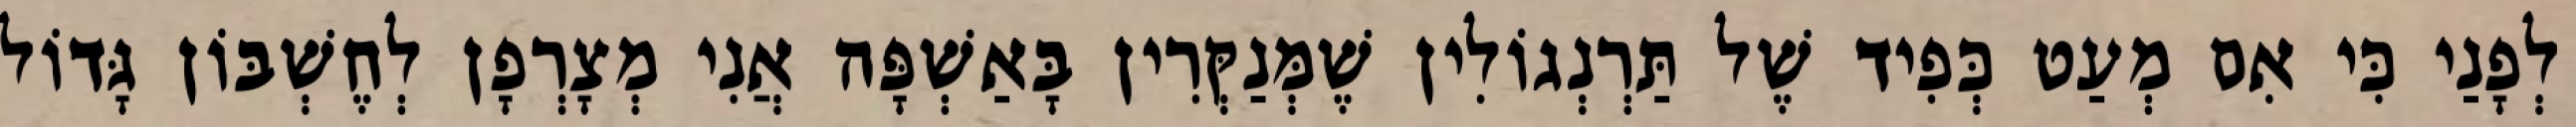
לְפָנַי כִּי אִם מְעַט כְּפִיד שֶׁל תַּרְנְגוֹלִין שֶׁמְּנַקְּרִין בָּאַשְׁפָּה אֲנִי מְצָרְפָן לְחֶשְׁבּוֹן גָּדוֹל